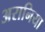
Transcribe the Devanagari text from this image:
अरानिया